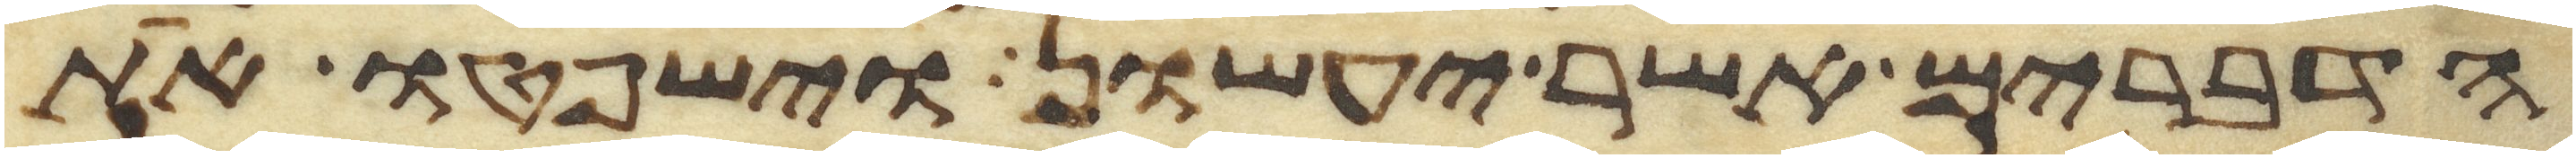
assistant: הדברים אשר יעשון וישפטו את